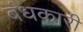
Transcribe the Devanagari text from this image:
बंधकारी